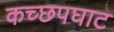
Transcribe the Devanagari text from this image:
कच्छपघाट